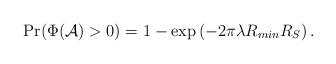
LaTeX: \begin{align*} \Pr(\Phi(\mathcal{A})>0)=1-\exp\left(-2\pi\lambda R_{min}R_S \right).\end{align*}